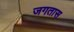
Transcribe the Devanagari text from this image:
जगतास